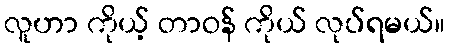
လူဟာ ကိုယ့် တာဝန် ကိုယ် လုပ်ရမယ်။